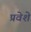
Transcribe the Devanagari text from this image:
प्रवेशे